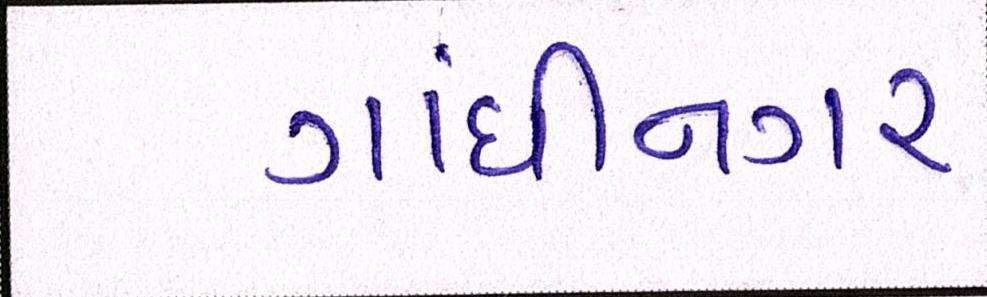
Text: ગાંધીનગર